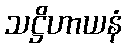
သဋ္ဌိဟာယနံ